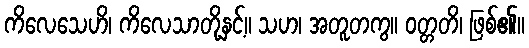
ကိလေသေဟိ၊ ကိလေသာတို့နှင့်။ သဟ၊ အတူတကွ။ ဝတ္တတိ၊ ဖြစ်၏။